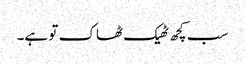
سب کچھ ٹھیک ٹھاک تو ہے۔